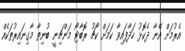
އެރުމަށް އޭނާ ދެކޮޅު ހަދާފައިވާ ކަމަށް ކޯޗު ރޮބާޓޯ މަންޗިނީ ބުނިތާ މާގިނައިރުތަކެއް